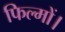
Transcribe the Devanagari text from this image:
फिल्मों।